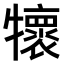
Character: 𤜄